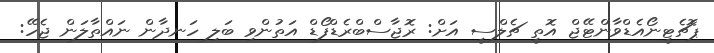
ޕޮޗެޓީނޯއެޑްވާންޓޭޖް އޮތީ ޗެލްސީ އަށް: ރޮޖާސްބްރެޑްފޯޑް އަތުންވި ބަލި ހަނދާން ނައްތާލަން ޖެހޭ: